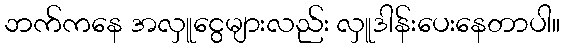
ဘက်ကနေ အလှူငွေများလည်း လှူဒါန်းပေးနေတာပါ။